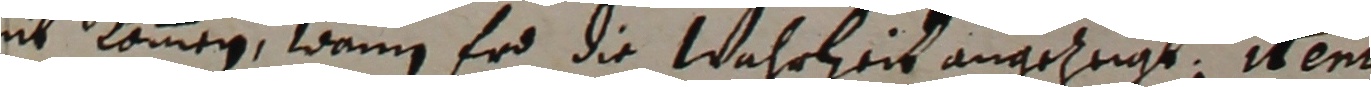
nit kommen, wann er die wahrheit angezeigt. item